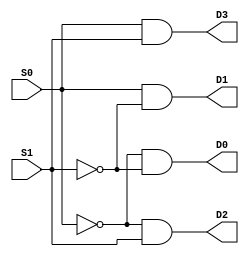
module mux (
    input S0, 
    input S1, 
    output D0, D1, D2, D3
);
    wire S0comp, S1comp;
    
    not n1(S0comp, S0);
    not n2(S1comp, S1);

    and a1(D0, S0comp, S1comp);
    and a2(D1, S0, S1comp);
    and a3(D2, S0comp, S1);
    and a4(D3, S0, S1);
endmodule

module adder (
    input [63:0] A, 
    input [63:0] B, 
    input M, 
    output [63:0] sum
);
    genvar i;
    wire [64:0] C;
    wire [63:0] AXORB, BXORM;
    wire [63:0] AND1, AND2;

    assign C[0] = M;

    generate
        for (i = 0; i <= 63; i = i + 1) 
        begin 
            xor x1(BXORM[i], C[0], B[i]);
            xor x2(AXORB[i], A[i], BXORM[i]);
            xor x3(sum[i], AXORB[i], C[i]);
            and a1(AND1[i], A[i], BXORM[i]);
            and a2(AND2[i], AXORB[i], C[i]);
            or o1(C[i+1], AND1[i], AND2[i]);
        end
    endgenerate
endmodule

module subtractor (
    input [63:0] A, 
    input [63:0] B, 
    input M, 
    output [63:0] diff
);
    genvar i;
    wire [64:0] C;
    wire [63:0] AXORB, BXORM;
    wire [63:0] AND1, AND2;

    assign C[0] = M;

    generate    
        for (i = 0; i <= 63; i = i + 1) 
        begin 
            xor x1(BXORM[i], C[0], B[i]);
            xor x2(AXORB[i], A[i], BXORM[i]);
            xor x3(diff[i], AXORB[i], C[i]);
            and a1(AND1[i], A[i], BXORM[i]);
            and a2(AND2[i], AXORB[i], C[i]);
            or o1(C[i+1], AND1[i], AND2[i]);
        end
    endgenerate
endmodule

module andder (
    input [63:0] A, 
    input [63:0] B, 
    output [63:0] and_out
);
    genvar i;
    generate
        for (i = 0; i <= 63; i = i + 1) 
        begin 
            and a1(and_out[i], A[i], B[i]);
        end
    endgenerate
endmodule

module xor_calc (
    input [63:0] A, 
    input [63:0] B, 
    output [63:0] xor_out
);
    genvar i;
    generate
        for (i = 0; i <= 63; i = i + 1) 
        begin 
            xor x1(xor_out[i], A[i], B[i]);
        end
    endgenerate
endmodule

//Final Implementation
module final (
    input S0, 
    input S1, 
    input [63:0] A, 
    input [63:0] B, 
    output [63:0] sum, 
    output [63:0] diff, 
    output [63:0] and_out, 
    output [63:0] xor_out, 
    output reg overflow
);
    wire D0, D1, D2, D3;
    mux d1(S0, S1, D0, D1, D2, D3);
    wire [63:0] Aadd, Badd, Asub, Bsub, Aand, Band, Axor, Bxor;
    genvar i;
    generate
        for (i = 0; i <= 63; i = i + 1) 
        begin 
            and a1(Aadd[i], A[i], D0);
            and a2(Badd[i], B[i], D0);
            and a3(Asub[i], A[i], D1);
            and a4(Bsub[i], B[i], D1);
            and a5(Aand[i], A[i], D2);
            and a6(Band[i], B[i], D2);
            and a7(Axor[i], A[i], D3);
            and a8(Bxor[i], B[i], D3);
        end
    endgenerate

    adder add1(.A(Aadd), .B(Badd), .M(D1), .sum(sum));
    subtractor sub1(.A(Asub), .B(Bsub), .M(D1), .diff(diff));
    andder and1(.A(Aand), .B(Band), .and_out(and_out));  
    xor_calc xor1(.A(Axor), .B(Bxor), .xor_out(xor_out));

    always @* begin 
        if ((S0 == 0) && (S1 == 0)) begin
            if (((Aadd > 0) && (Badd > 0) && (sum < 0)) || ((sum >= 0) && (Aadd < 0) && (Badd < 0))) begin
                overflow = 1;
            end
            else begin
                overflow = 0;
            end
        end
        else begin
            overflow = 0;
        end
    end

    always @* begin
        if ((S0 == 1) && (S1 == 0)) begin
            if (((Asub > 0) && (Bsub < 0) && (diff < 0)) || ((diff > 0) && (Asub < 0) && (Bsub > 0))) begin
                overflow = 1;
            end
            else begin
                overflow = 0;
            end
        end
        else begin
            overflow = 0;
        end
    end
endmodule

module execute (
    input clk,
    input [63:0] valA,
    input [63:0] valB,
    input [3:0] icode,
    input [3:0] ifun,
    input [63:0] valC,
    output reg [63:0] valE,
    output reg g,
    output reg ge,
    output reg e,
    output reg ne,
    output reg le,
    output reg l,
    output reg [63:0] val_temp
);

    wire [63:0] sum, diff, and_out, xor_out;
    wire overflow;

    wire [63:0] sum1, diff1, and_out1, xor_out1;
    wire overflow1;

    wire [63:0] sum2, diff2, and_out2, xor_out2;
    wire overflow2;

    wire [63:0] sum3, diff3, and_out3, xor_out3;
    wire overflow3;

    wire [63:0] sum4, diff4, and_out4, xor_out4;
    wire overflow4;

    reg overflowflag;
    
    reg ZF,SF,OF;
    
    initial begin
        ZF = 0;
        SF = 0;
        OF = 0;
    end

    final final_module(1'b0, 1'b0, valA, valB, sum, diff, and_out, xor_out, overflow);

    final final_module2(1'b0, 1'b0, valC, valB, sum1, diff1, and_out1, xor_out1, overflow1);

    final final_module3(1'b1, 1'b1,valA, valB, sum2,diff2, and_out2, xor_out2, overflow2);

    final final_module4(1'b1, 1'b0, valA, valB, sum3, diff3, and_out3, xor_out3, overflow3);

    final final_module5(1'b0, 1'b1, valA, valB, sum4, diff4, and_out4, xor_out4, overflow4);


    always @* begin
            case(icode)
                4'b0100, 4'b0101: begin // rmmovq and mrmovq
                    valE = sum1;
                    //is it valC or (valA + valB) or (valA + valC)
                end
                4'b0100: begin // push
                    valE = valB - 64'd8; //changed from valA 
                end
                4'b0101: begin // pop
                    valE = valB + 64'd8;
                end
                8: begin // call
                    valE = valB + 64'd8;
                end
                9: begin // ret
                    valE = valB - 64'd8;
                end
                3: begin // irmovq
                    valE = valA;
                end
                2: begin // rrmovq
                    valE = valA;
                end
                6: begin // Add, Subtract, And, Xor
                    case(ifun)
                        0: begin // Add
                            valE = sum;
                            val_temp = valE;
                            overflowflag = overflow;
                        end
                        1: begin // Subtract
                            valE = diff3;
                            val_temp = valE;
                            overflowflag = overflow3;
                        end
                        2: begin // And
                            valE = and_out4;
                            val_temp = valE;
                            overflowflag = overflow4;
                        end
                        3: begin // Xor
                            valE = xor_out2;
                            val_temp = valE;
                            overflowflag = overflow2;
                        end
                    endcase
                end
            endcase

        if(val_temp == 0)
        begin
            ZF = 1;
        end

        if(val_temp < 0)
        begin
            SF = 1;
        end

        if(val_temp > 0)
        begin
            ZF = 0;
            SF = 0;
        end

        if(overflowflag == 1)
        begin
            OF = 1;
        end
        
        g = ~(SF ^ OF) && (~ZF);
        ge = ~(SF ^ OF);
        e = ZF;
        ne = ~ZF;
        le = (SF ^ OF) || ZF;
        l = SF ^ OF;
    end
endmodule